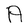
Character: A